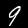
Digit: 9